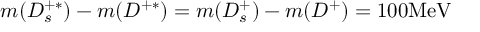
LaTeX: m ( D _ { s } ^ { + * } ) - m ( D ^ { + * } ) = m ( D _ { s } ^ { + } ) - m ( D ^ { + } ) = 1 0 0 \mathrm { M e V }